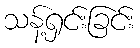
သန့်ရှင်းခြင်း